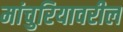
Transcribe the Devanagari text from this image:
मांचुरियावरील